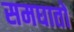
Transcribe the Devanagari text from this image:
समघातों